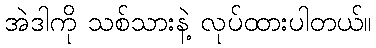
အဲဒါကို သစ်သားနဲ့ လုပ်ထားပါတယ်။